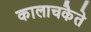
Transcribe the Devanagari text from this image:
कालाचकैते